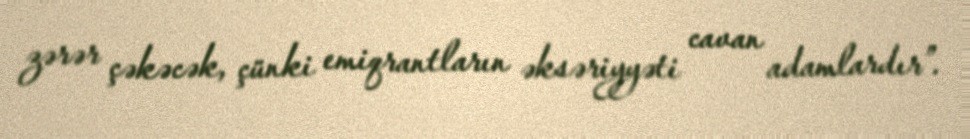
zərər çəkəcək, çünki emiqrantların əksəriyyəti cavan adamlardır”.